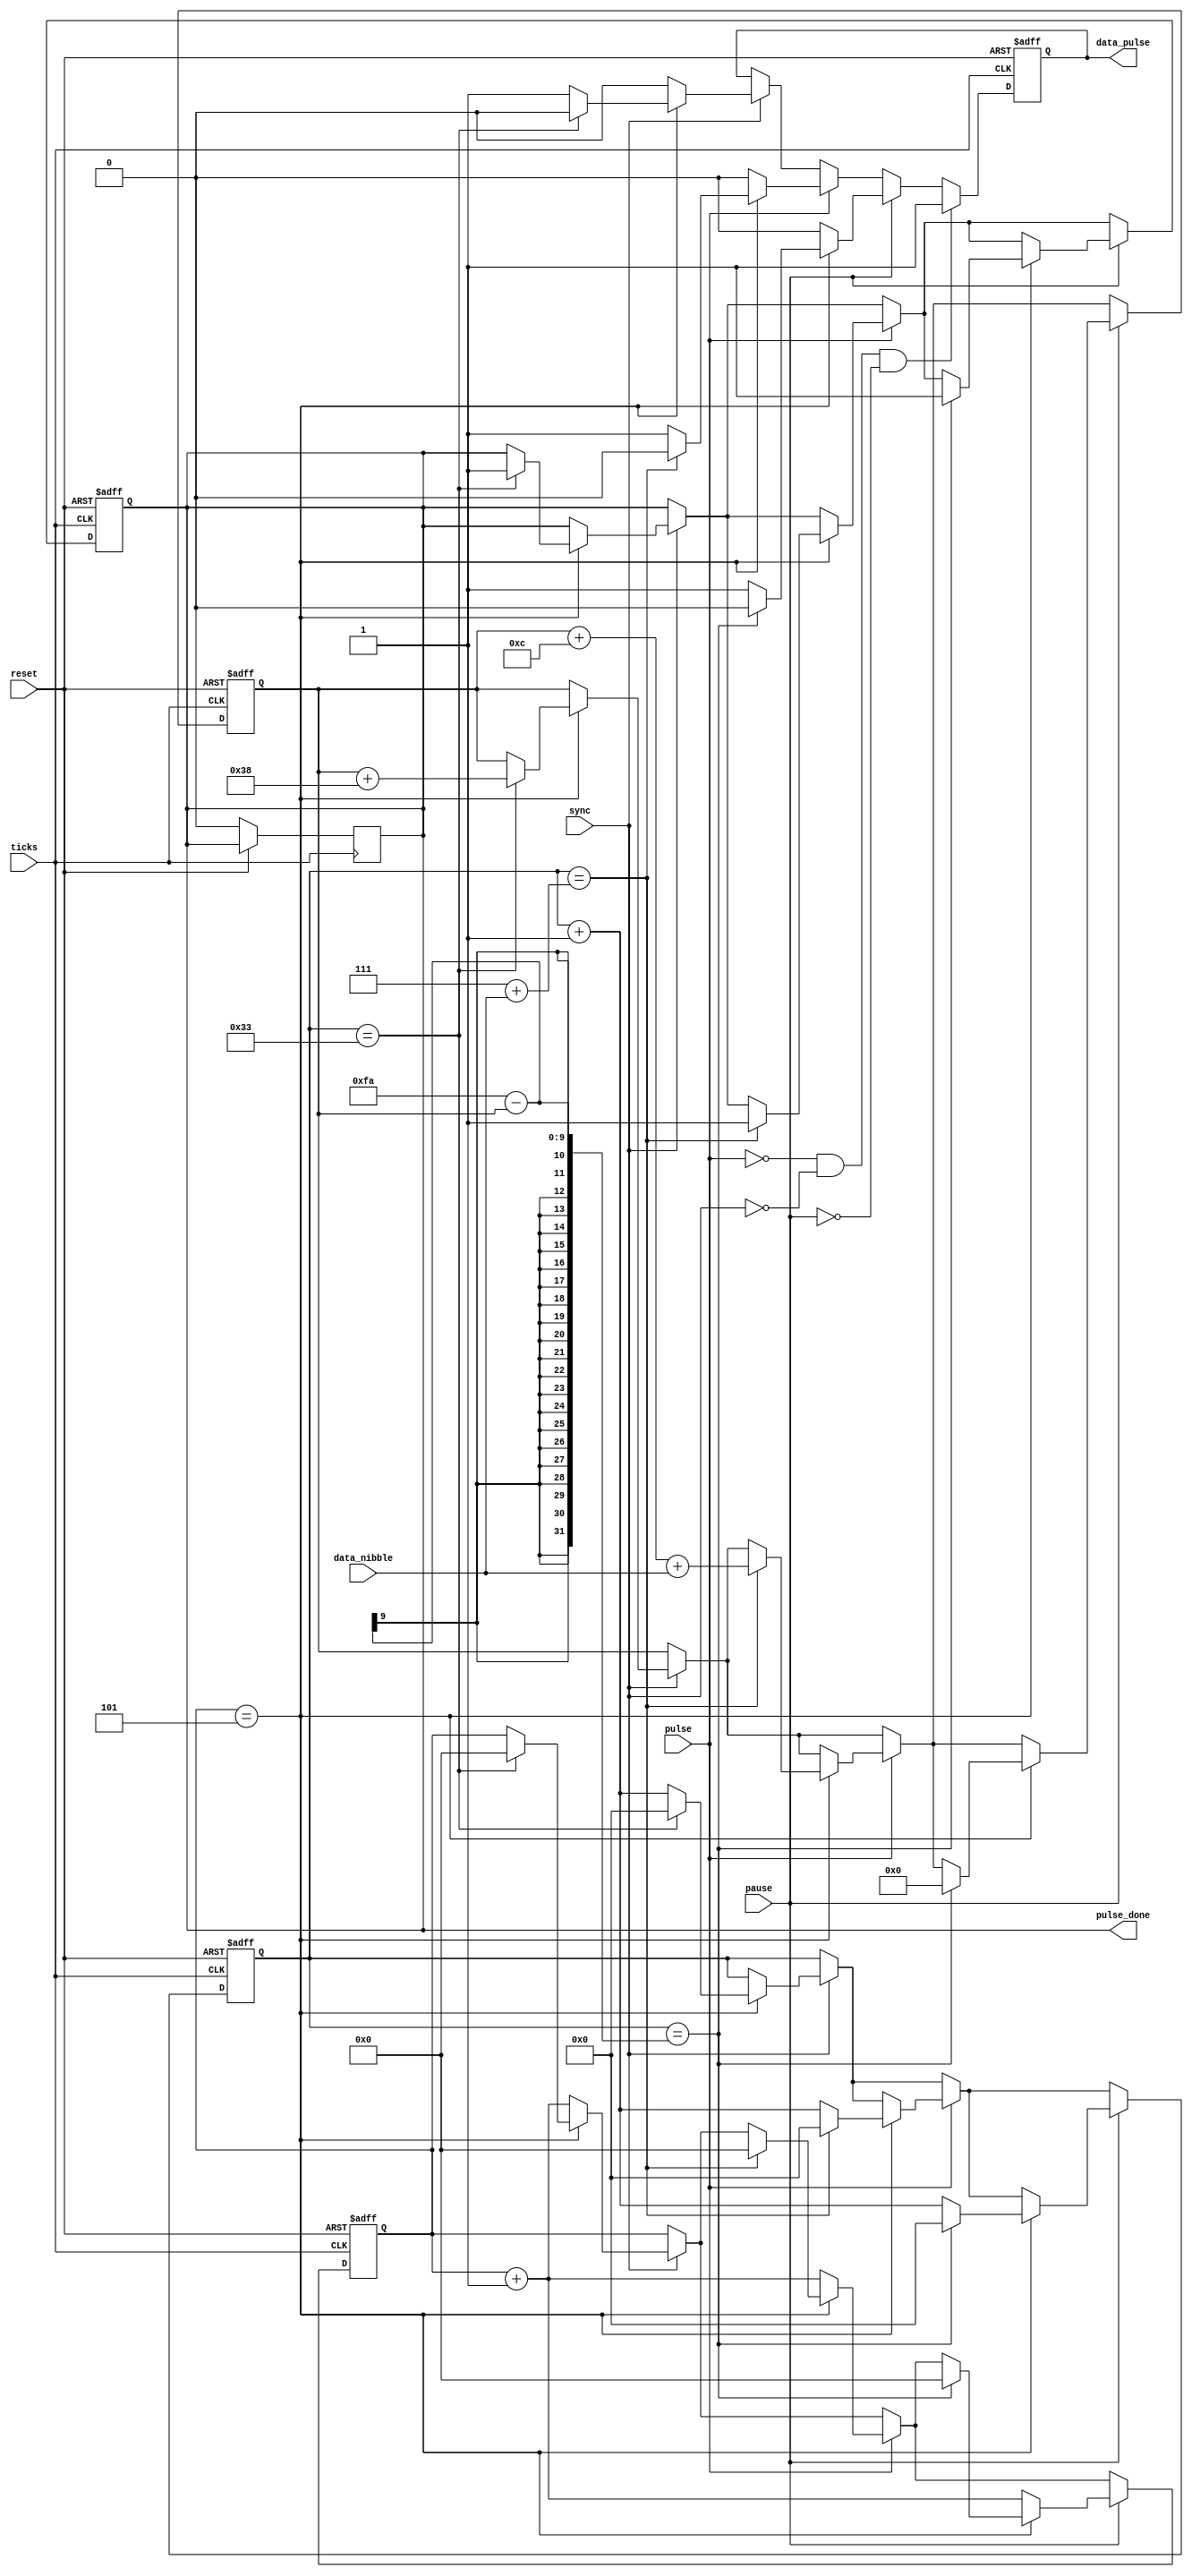
module sent_tx_pulse_gen(
	//clk and reset
	input ticks,
	input reset,

	//signals to control
	input [3:0] data_nibble,
	input pulse,
	input sync,
	input pause,
	output reg pulse_done,

	//output
	output reg data_pulse
	);

	reg [3:0] count_zero;
	reg [7:0] count_data;	
	reg [8:0] count_ticks;
	always @(posedge ticks or posedge reset) begin
		if(reset) begin
			data_pulse <= 1;
			pulse_done <= 0;
			count_zero <= 0;
			count_data <= 0;
			count_ticks <= 0;
		end
		else begin
			if(sync) begin
				if(count_zero == 5) begin
					data_pulse <= 1;
					if(count_data == 51) begin
						data_pulse <= 0;
						count_data <= 0;
						count_zero <= 0;
						pulse_done <= 1;
						count_ticks <= count_ticks + 56;
					end
					else begin
						count_data <= count_data + 1;
					end
				end 
				else begin
					count_zero <= count_zero + 1;
					data_pulse <= 0;
				end
			end

			if(pulse) begin
				if(count_zero == 5) begin
					data_pulse <= 1;
					if(count_data == 7 + data_nibble) begin
						data_pulse <= 0;
						count_data <= 0;
						count_zero <= 0;
						pulse_done <= 1;
						count_ticks <= count_ticks + 12 + data_nibble;
					end
					else begin
						count_data <= count_data + 1;
					end
				end 
				else begin
					count_zero <= count_zero + 1;
					data_pulse <= 0;
				end
			end
			
			if(pause) begin
				if(count_zero == 5) begin
					data_pulse <= 1;
					if(count_data == 250 - count_ticks ) begin
						data_pulse <= 0;
						count_data <= 0;
						count_zero <= 0;
						pulse_done <= 1;
						count_ticks <= 0;
					end
					else begin
						count_data <= count_data + 1;
					end
				end 
				else begin
					count_zero <= count_zero + 1;
					data_pulse <= 0;
				end
			end
			if(!pulse && !sync && !pause) data_pulse <= 1;
		end
	end	
	always @(negedge ticks or posedge reset) begin
		if(reset) begin

		end
		else begin
			if(pulse_done) pulse_done <= 0;
		end
	end
endmodule